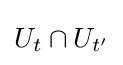
U_{t}\cap U_{t'}